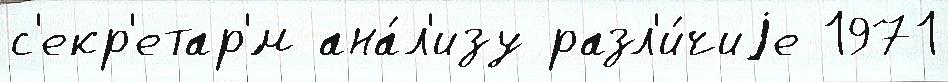
с'екр'етар'́м ана́л'изу разл'и́чиjе 1971